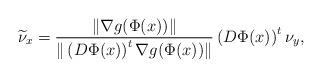
LaTeX: \begin{align*}\widetilde{\nu}_x = \frac{\|\nabla g(\Phi(x))\|}{\|\left(D\Phi(x)\right)^t\nabla g(\Phi(x))\|} \left(D\Phi(x)\right)^{t} \nu_y,\end{align*}